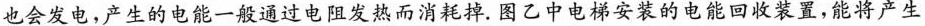
也会发电，产生的电能一般通过电阻发热而消耗掉. 图乙中电梯安装的电能回收装置，能将产生